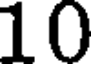
10